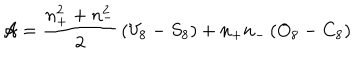
LaTeX: { \cal A } = \frac { n _ { + } ^ { 2 } + n _ { - } ^ { 2 } } { 2 } \, ( V _ { 8 } - S _ { 8 } ) + n _ { + } n _ { - } \, ( O _ { 8 } - C _ { 8 } )